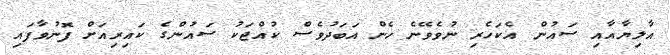
އާލިޔާއާއި ސައުން އެކަހެރި ނުވެވޭނެ ހެން އަބަދުވެސް ކުއްޖަކު ސައުންގެ ކައިރިއަށް ފޮނުވާފައި